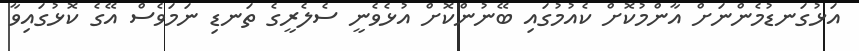
އަޅުގަނޑުމެންނަށް އާންމުކޮށް ކެއުމުގައި ބޭނުންކޮށް އުޅެވެނީ ސެލެރީގެ ތަނޑި ނަމަވެސް އޭގެ ކޮޅުގައިވާ